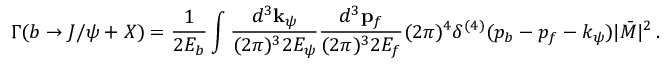
\Gamma ( b \rightarrow J / \psi + X ) = \frac { 1 } { 2 E _ { b } } \int \frac { d ^ { 3 } { \bf k } _ { \psi } } { ( 2 \pi ) ^ { 3 } 2 E _ { \psi } } \frac { d ^ { 3 } { \bf p } _ { f } } { ( 2 \pi ) ^ { 3 } 2 E _ { f } } ( 2 \pi ) ^ { 4 } \delta ^ { ( 4 ) } ( p _ { b } - p _ { f } - k _ { \psi } ) | \bar { \cal M } | ^ { 2 } \, .